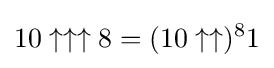
10\uparrow \uparrow \uparrow 8=(10\uparrow \uparrow )^{8}1